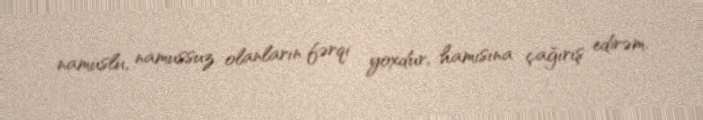
namuslu, namussuz olanların fərqi yoxdur, hamısına çağırış edirəm.